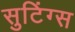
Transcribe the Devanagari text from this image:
सुटिंग्स